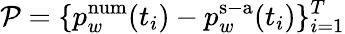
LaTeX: \mathcal{P}=\{ p_{w}^{\mathrm{num}}(t_{i})-p_{w}^{\mathrm{s-a}}(t_{i})\} _{i=1}^{T}